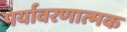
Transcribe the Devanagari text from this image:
पर्यावरणात्‍मक